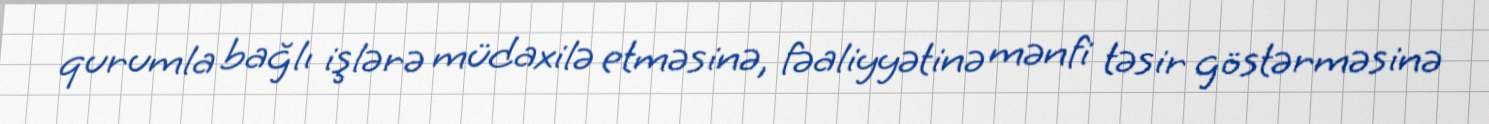
qurumla bağlı işlərə müdaxilə etməsinə, fəaliyyətinə mənfi təsir göstərməsinə